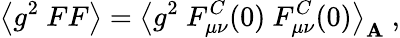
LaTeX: \big<g^{2}~FF\big>=\big<g^{2}~F_{\mu\nu}^{C}(0)\ F_{\mu\nu}^{C}(0)\big>_{\mathbf{A}}~,